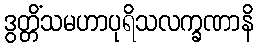
ဒွတ္တိံသမဟာပုရိသလက္ခဏာနိ